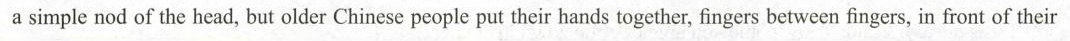
a simple nod of the head,but older Chinese people put their hands together fingers between fingers,in front of their